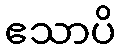
ဧသာပိ